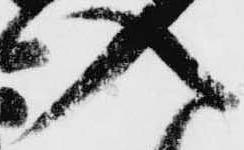
入